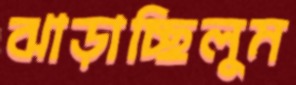
ঝাড়াচ্ছিলুম